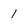
Character: 1